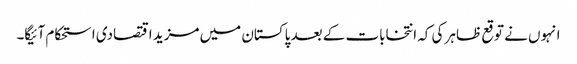
انہوں نے توقع ظاہر کی کہ انتخابات کے بعد پاکستان میں مزید اقتصادی استحکام آئیگا۔